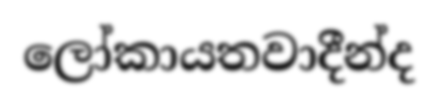
ලෝකායතවාදීන්ද